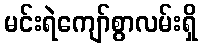
မင်းရဲကျော်စွာလမ်းရှိ